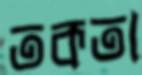
তকতা